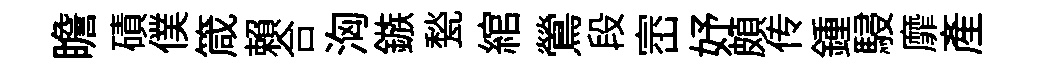
瞻磧僕箴賴合洶鏃甃綰鶯段崈妤頗传鍾駸靡産